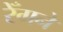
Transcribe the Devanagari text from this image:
रेँगने